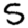
Digit: 5